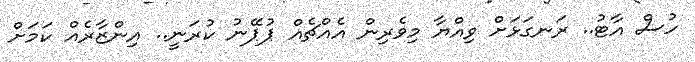
ހުސް އާޓު.. ރަނގަޅަށް ވިއްޔާ މިވެރިން އެއްޗެއް ޕުޕޭނު ކުރަނީ.. އިންޒާރެއް ކަމަށް